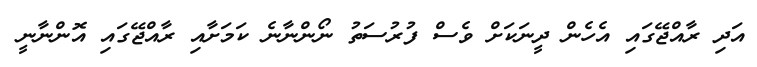
އަދި ރާއްޖޭގައި އެހެން ދީނަކަށް ވެސް ފުރުސަތު ނޯންނާނެ ކަމަށާއި ރާއްޖޭގައި އޮންނާނީ